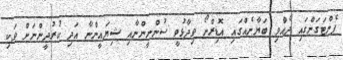
ޕެންޓަގަންގައި ދެއްވި ބަޔާނެއްގައި އޮޑިރްނޯ ވިދާޅުވީ ސުންނީންނާއި ޝިޔައީންނާ އަދި ކުރުދީންނަށް ވަކި